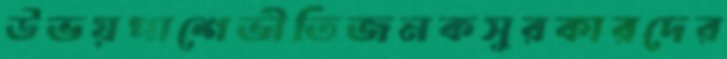
উভয়পাশেভীতিজনকসুরকারদের